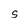
Character: S